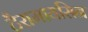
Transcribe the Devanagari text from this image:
टैरामायसिन